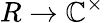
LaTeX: R\to\mathbb{C}^{\times}